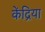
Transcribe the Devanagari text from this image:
केंद्रिया